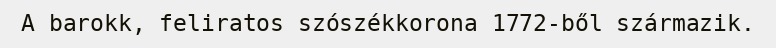
A barokk, feliratos szószékkorona 1772-ből származik.